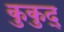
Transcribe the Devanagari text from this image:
कुकुद्